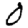
Digit: 0